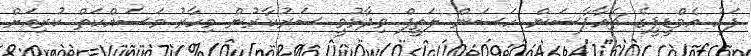
ފަހު އެމްޑީޕީގެ ޗެއާޕާސަން ހަސަން ލަތީފް ވިދާޅުވީ ސަރުކާރުން މިހާރު މަސައްކަތް ކުރިއަށް